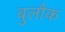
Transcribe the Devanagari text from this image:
बुलौक